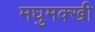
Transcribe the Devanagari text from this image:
मघुमक्खी